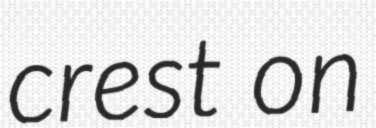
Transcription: crest on